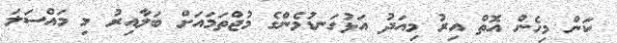
ކަން މިހެން އޮތް އިރު މިއަދު އަޅުގަނޑުމެންގެ މުޖްތަމައަށް ބަލާއިރު މި މައްސަލަ